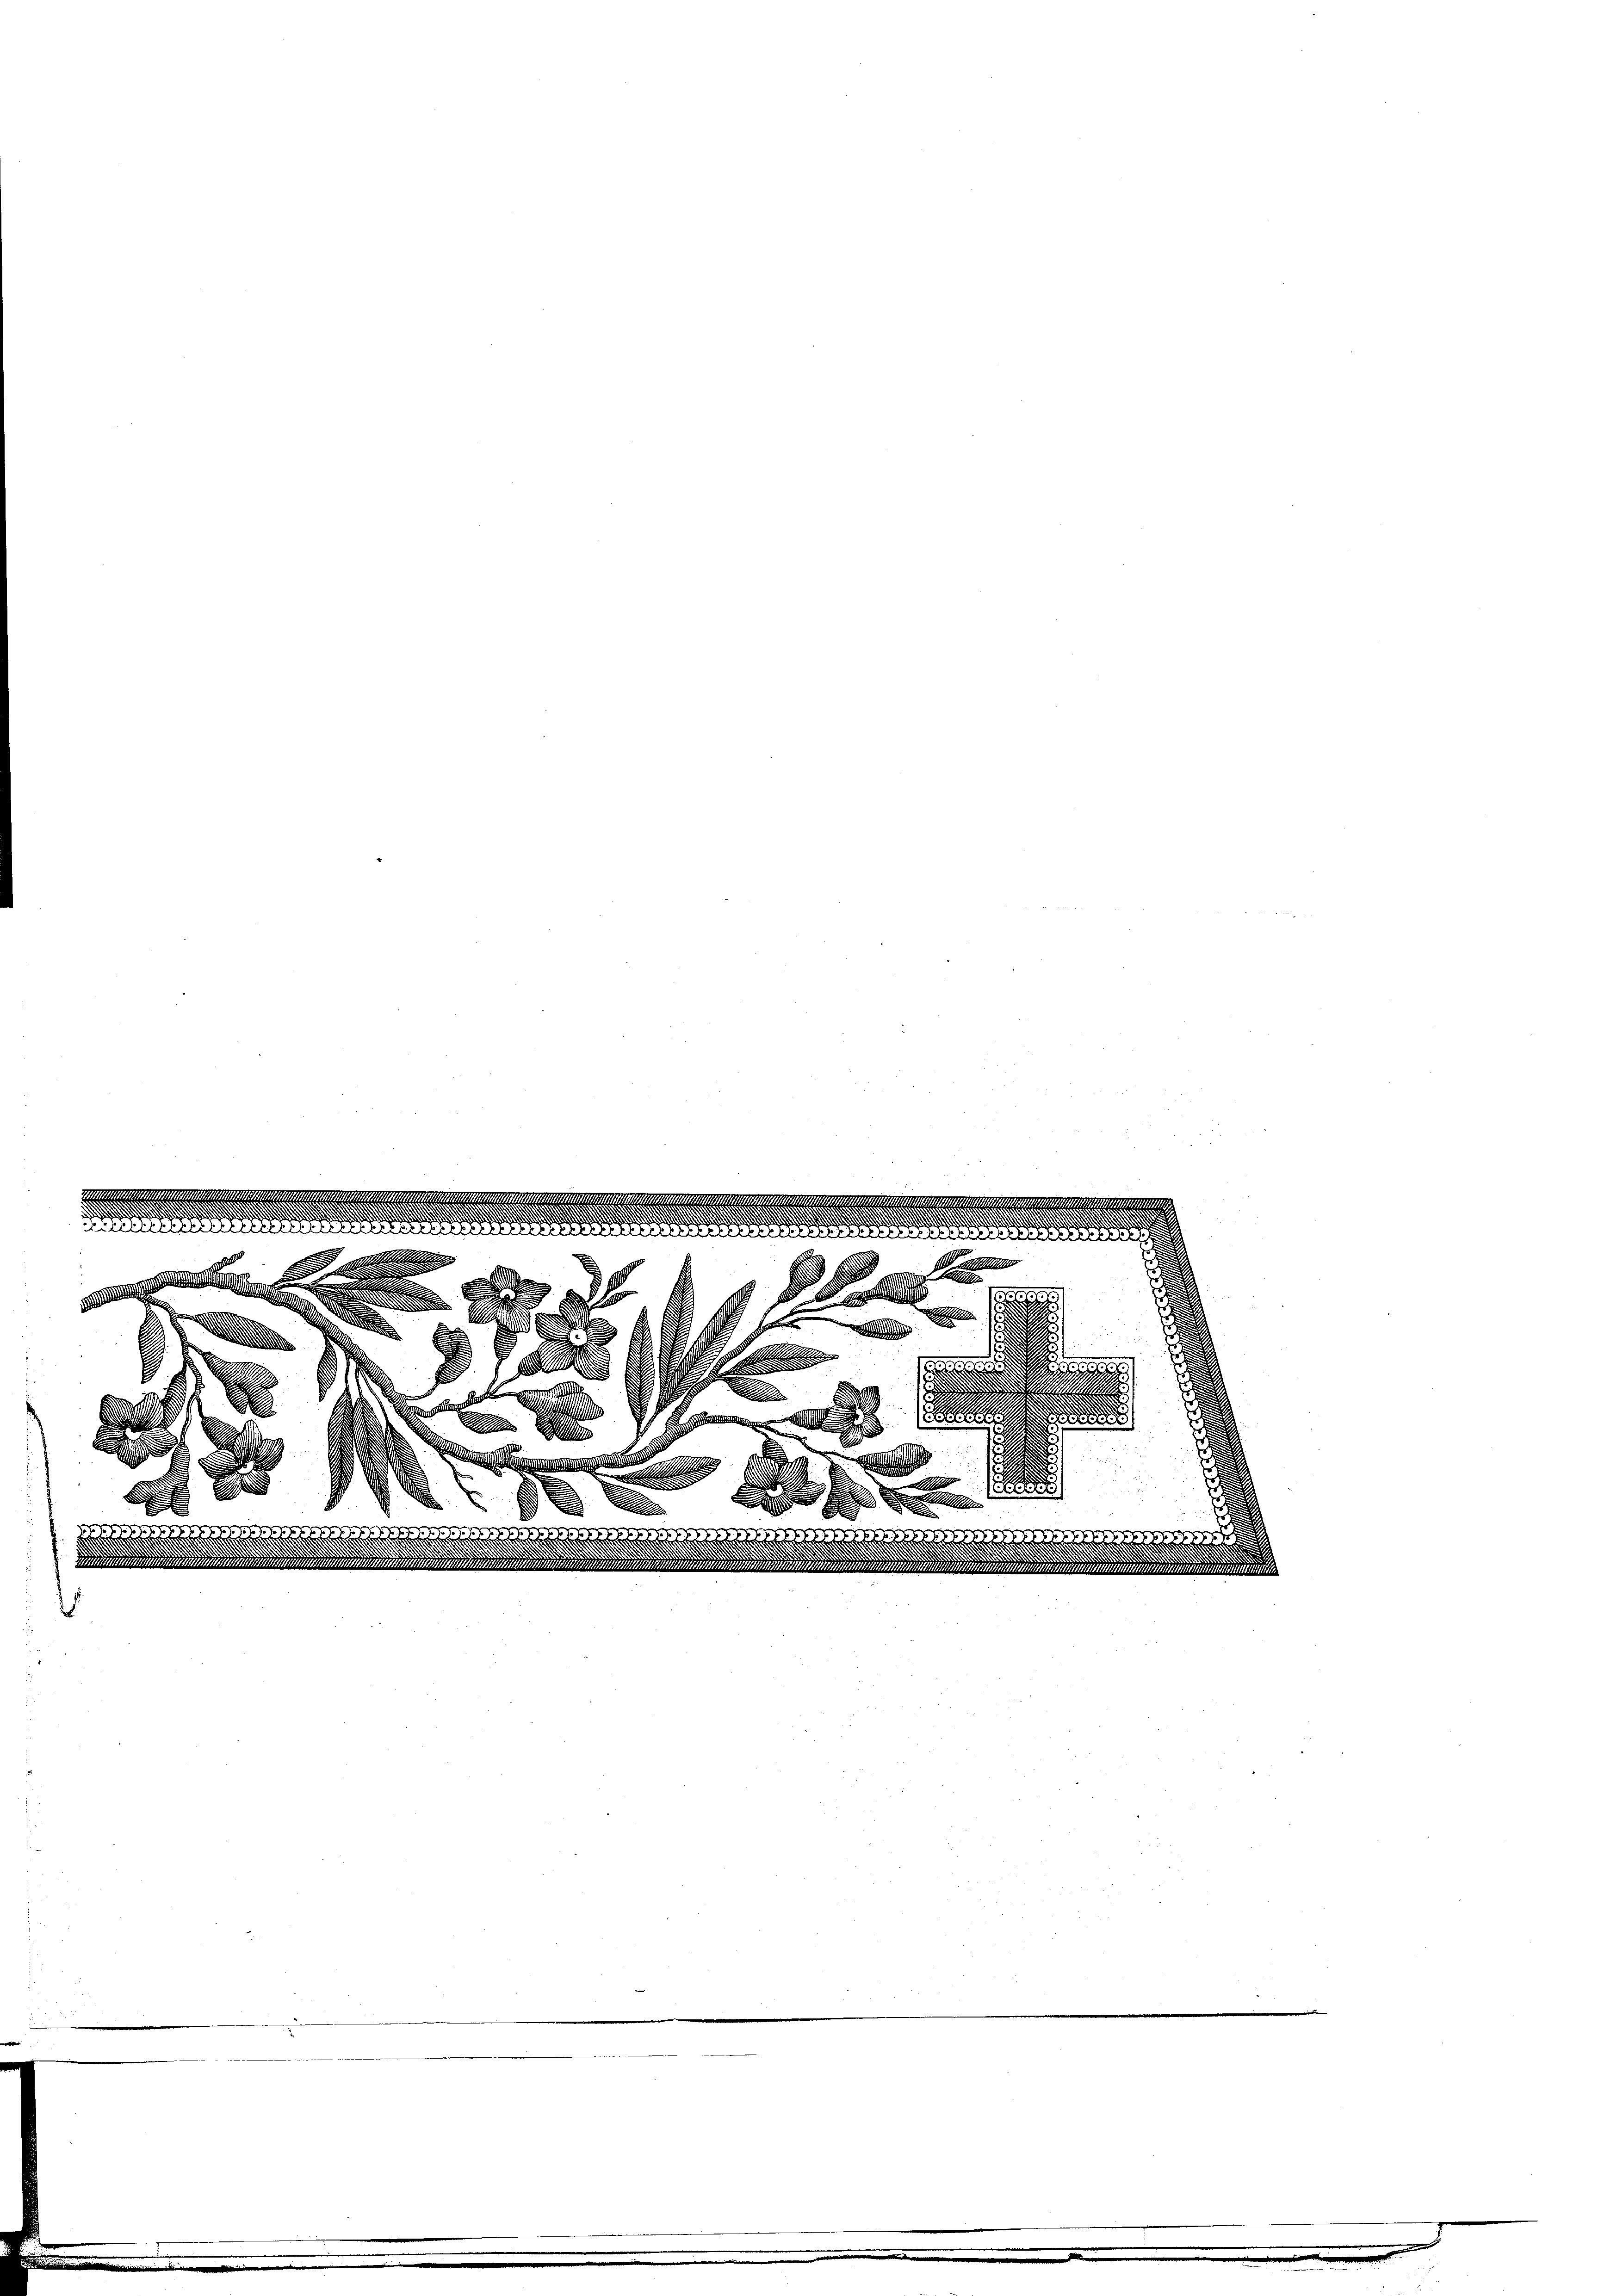
1191. 11991
g

.
eerungen neuen halten
.
2
All
d
e
l
.
d

A

e

65. 1
.
s

n
A
¬

2er 848
mhümmers
1

.